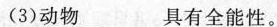
(3)动物_具有全能性。